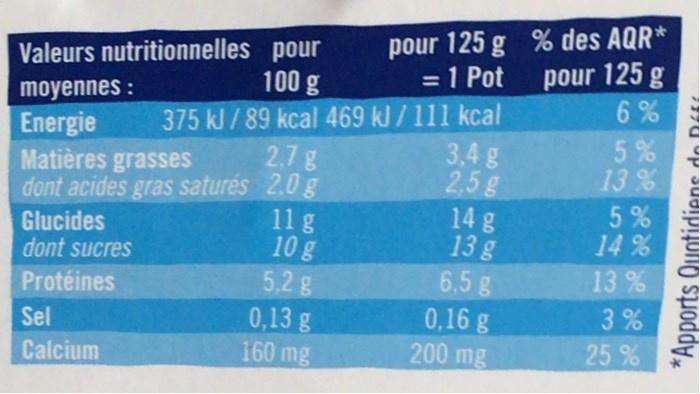
pour 125 g % des AQR*
Valeurs nutritionnelles pour 100 g
=1 Pot
pour 125 g
moyennes : Energie Matières grasses dont acides gras saturés 2.0 g
375 kJ /89 kcal 469 kJ /111 kcal
5% 13%
3,4 g 2.5g 14 g 13 g 6.5 g
2.7g
5 % 14%
Glucides dont sucres
11g 10 g 5,2 g
13%
Protéines
3%
0,13 g 160 mg
0,16 g 200 mg
Sel
25 %
Calcium
*Apports Quotidiene de D4.
6535)